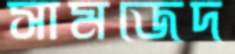
সামজেদ